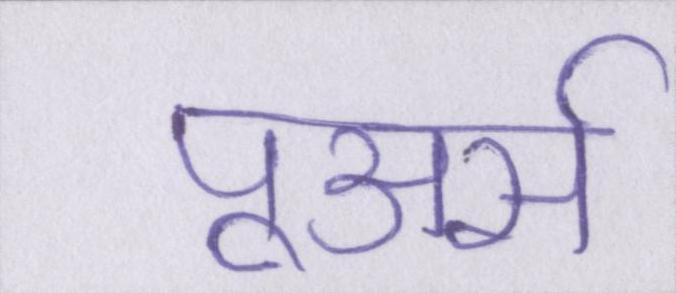
पूअर्स